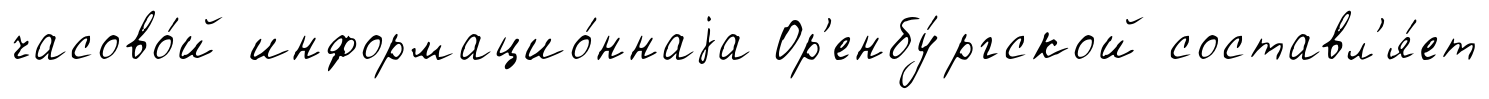
часово́й информацио́ннаjа Ор'енбу́ргской составл'я́ет